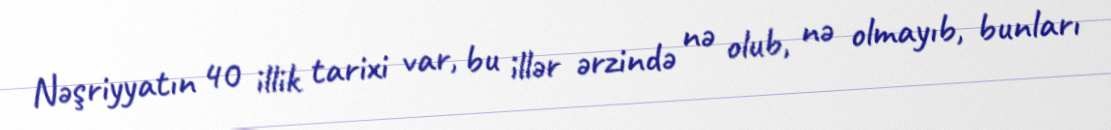
Nəşriyyatın 40 illik tarixi var, bu illər ərzində nə olub, nə olmayıb, bunları